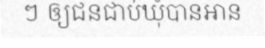
ៗ ឲ្យជនជាប់ឃុំបានអាន